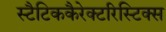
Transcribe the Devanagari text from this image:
स्टैटिककैरेक्टरिस्टिक्स